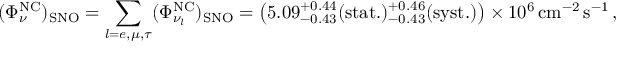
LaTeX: ( \Phi _ { \nu } ^ { \mathrm { N C } } ) _ { \mathrm { S N O } } = \sum _ { l = e , \mu , \tau } ( \Phi _ { \nu _ { l } } ^ { \mathrm { N C } } ) _ { \mathrm { S N O } } = \left( 5 . 0 9 { } _ { - 0 . 4 3 } ^ { + 0 . 4 4 } \mathrm { ( s t a t . ) } { } _ { - 0 . 4 3 } ^ { + 0 . 4 6 } \mathrm { ( s y s t . ) } \right) \times 1 0 ^ { 6 } \, \mathrm { c m } ^ { - 2 } \, \mathrm { s } ^ { - 1 } \, ,